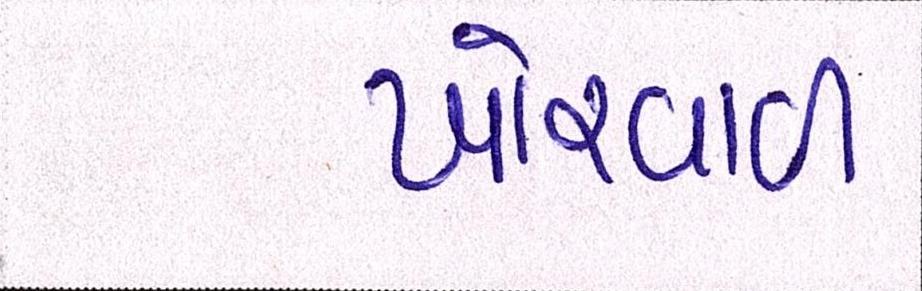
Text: ખોરવાળ